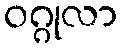
ဝဂ္ဂုလာ